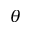
\theta